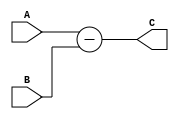
`timescale 1ns / 1ps

module sub(A, B, C);
parameter Data_width = 4;
input [Data_width - 1:0] A;
input [Data_width - 1:0] B;
output reg [Data_width - 1:0]C;

always @ (A or B)
begin
    C = A - B;
end
endmodule